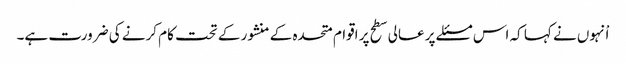
اْنہوں نے کہا کہ اس مسئلے پر عالی سطح پر اقوام متحدہ کے منشور کے تحت کام کرنے کی ضرورت ہے۔